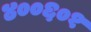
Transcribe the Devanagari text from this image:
४००६०१